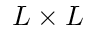
L \times L